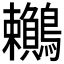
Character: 𪈎